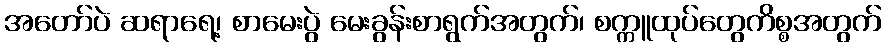
အတော်ပဲ ဆရာရေ့၊ စာမေးပွဲ မေးခွန်းစာရွက်အတွက်၊ စက္ကူထုပ်တွေကိစ္စအတွက်